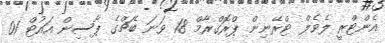
އެންޓްރީ ލެވެލް ޓްރޭނިން ޕްރޮގްރާމް 18 ވަނަ ބެޗްގެ ޕާސިން އައުޓް 01